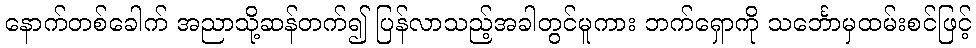
နောက်တစ်ခေါက် အညာသို့ဆန်တက်၍ ပြန်လာသည့်အခါတွင်မူကား ဘက်ရှောကို သင်္ဘောမှထမ်းစင်ဖြင့်